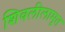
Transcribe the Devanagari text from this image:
शिवलीलामृत